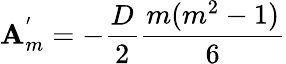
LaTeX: \mathbf{A}_{m}^{'}=-\frac{{D}}{{2}}\frac{{m(m^{2}-1)}}{{6}}